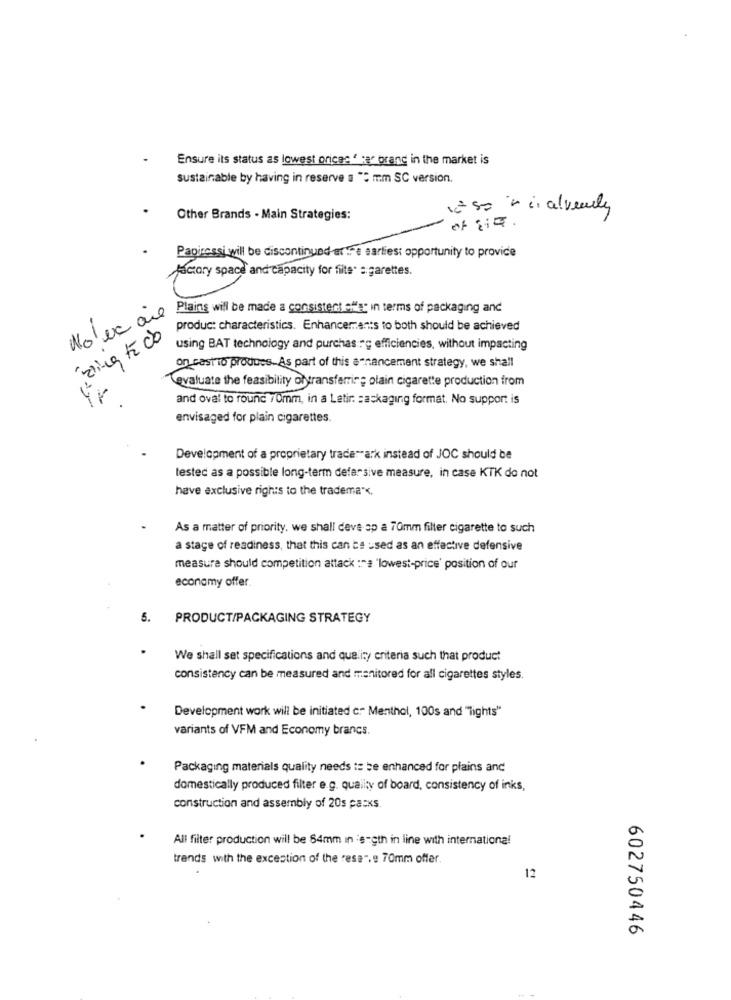
Ensure its status as lowest prices " ter orang in the market is
sustainable by having in reserve a "5 mm SC version.
1250 nin alvery
Other Brands - Main Strategies:
Papiressi will be discontinued entre earliest opportunity to provide
scary space and capacity for fite' : garettes.
Plains will be made a consistent effet in terms of packaging and
Wolva aie
produc: characteristics. Enhancements to both should be achieved
using BAT technology and purchasing efficiencies, without impacting
on castio produes. As part of this a-nancement strategy, we shall
evaluate the feasibility ofytransferring olain cigarette production from
ir
and oval to round 70mm, in a Latir =askaging format. No support is
envisaged for plain cigarettes.
Development of a proprietary trade""ark instead of JOC should be
tested as a possible long-term defarsive measure, in case KTK do not
have exclusive rights to the tradema *.
As a matter of priority, we shall deve op a 70mm filter cigarette to such
a stage of readiness, that this can be used as an effective defensive
measure should competition attack :"# "lowest-price' position of our
economy offer.
5.
PRODUCT/PACKAGING STRATEGY
We shall set specifications and quality enteria such that product
consistency can be measured and manitored for all cigarettes styles.
Development work will be initiated c. Menthol, 100s and "lights"
variants of VFM and Economy brancs.
Packaging materials quality needs to be enhanced for plains and
domestically produced filter e.g. quality of board, consistency of inks,
construction and assembly of 20s pasxs.
All filter production will be 84mm ın s-gth in line with international
trends with the exception of the resa", e 70mm offer.
12
602750446